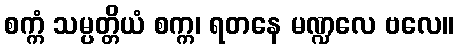
စက္ကံ သမ္ပတ္တိယံ စက္က၊ ရတနေ မဏ္ဍလေ ဗလေ။